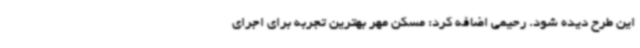
این طرح دیده شود. رحیمی اضافه کرد: مسکن مهر بهترین تجربه برای اجرای